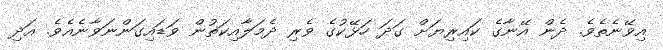
އިވޭނެތެވެ. ދެން އޭނާގެ ކައިރިޔަށް ގަދަ ހަޅޭކުގެ ވެރި ދެމަލާއިކަތުން ވަޑައިގަންނަވާނެއެވެ. އަދި